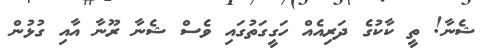
ޝެނާ! ތީ ކާކުގެ ދަރިއެއް ހަގީގަތުގައި ވެސް ޝެނާ ރޫނާ އާއި ގުޅުން